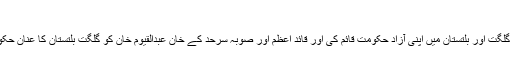
میرپور اور بھِمبَر تک پھیل گئی
میجر حسن خان نے یکم نومبر 1947 کو گلگت اور بلتستان میں اپنی آزاد حکومت قائم کی اور قائد اعظم اور صوبہ سرحد کے خان عبدالقیّوم خان کو گلگت بلتستان کا عنانِ حکومت سنبھالنے کے لئے خطوط بھجوائے ۔